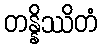
တန္နိဿိတံ